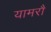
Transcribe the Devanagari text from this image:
यामरौ